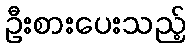
ဦးစားပေးသည့်